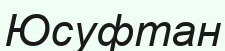
Юсуфтан